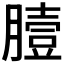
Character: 𦠉